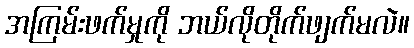
အကြမ်းဖက်မှုကို ဘယ်လိုတိုက်ဖျက်မလဲ။